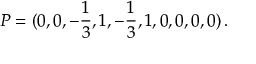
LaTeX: P = ( 0 , 0 , - \frac { 1 } { 3 } , 1 , - \frac { 1 } { 3 } , 1 , 0 , 0 , 0 , 0 ) \, .